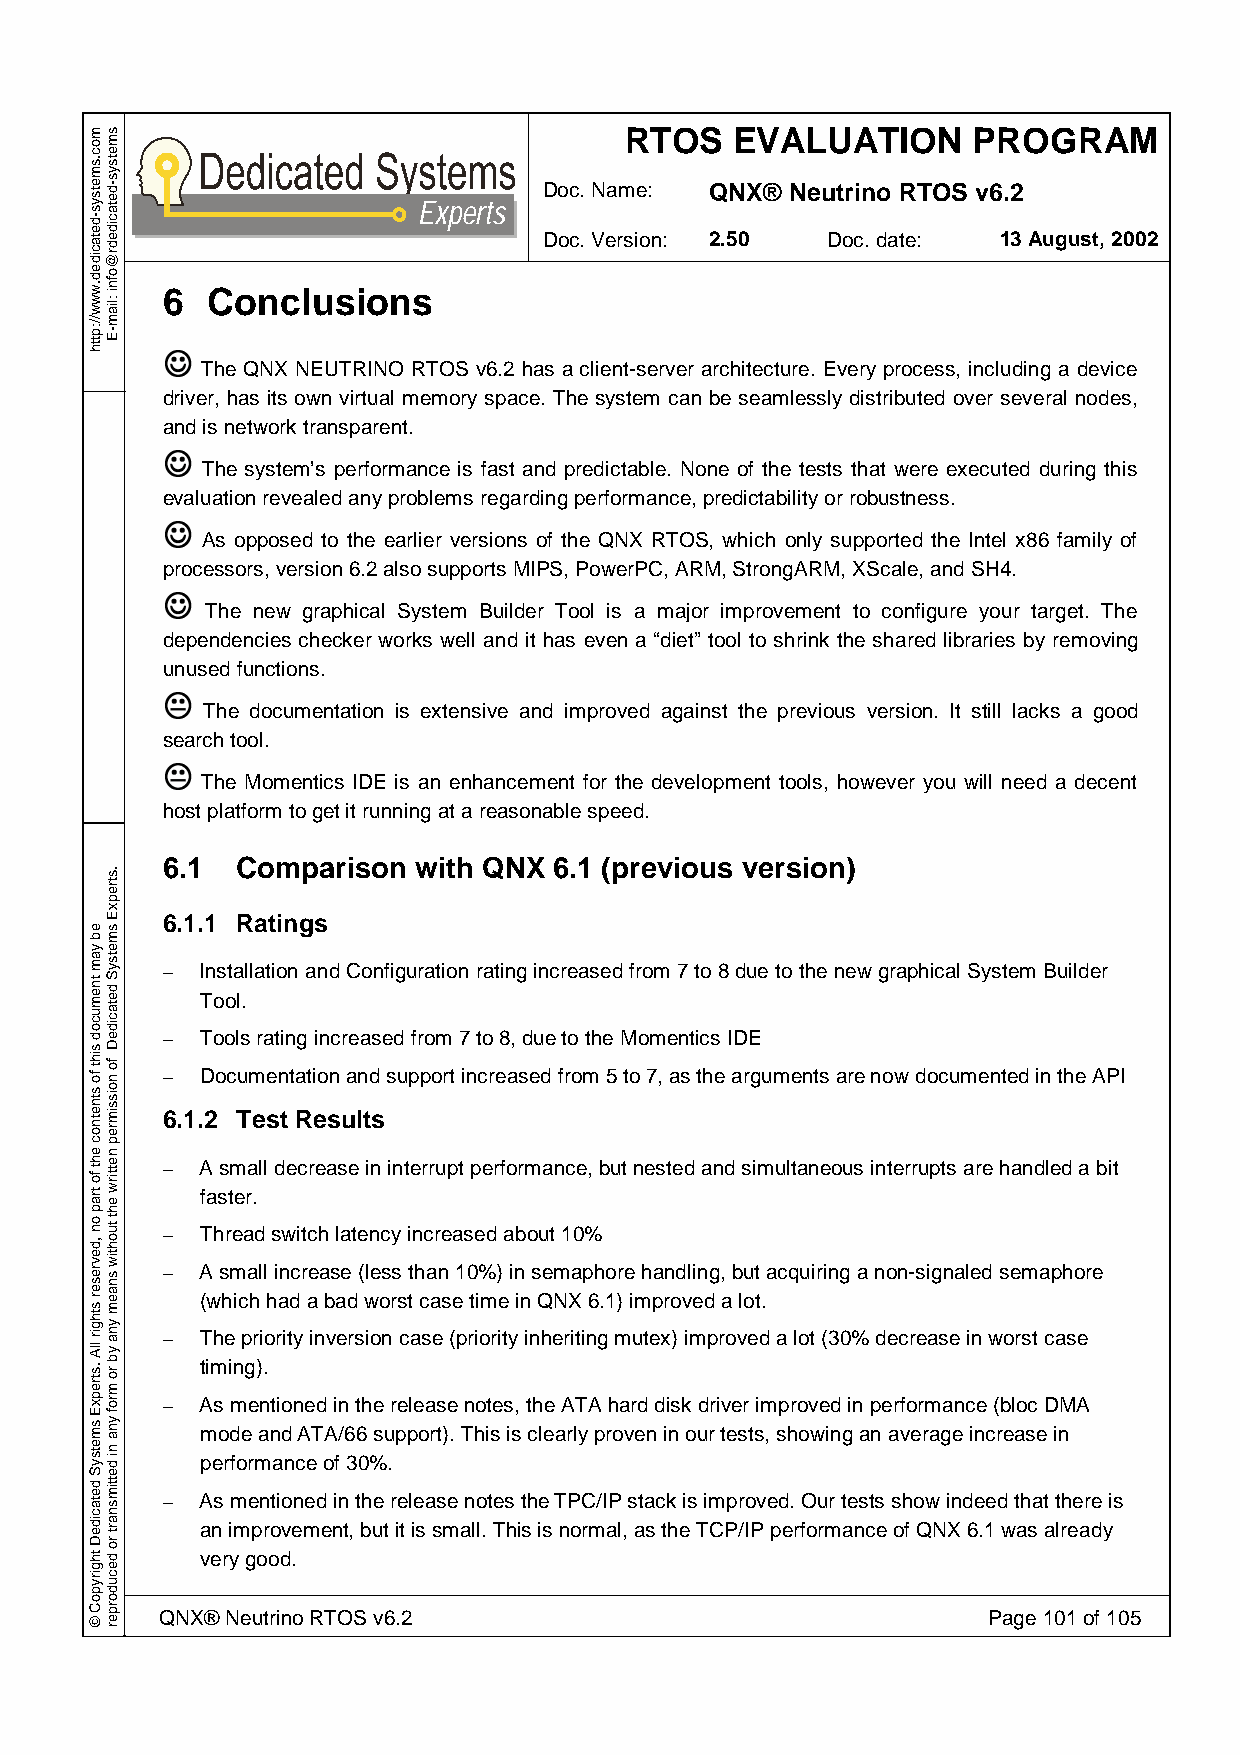
RTOS    EVALUATION     PROGRAM
 Doc. Name: QNX® Neutrino RTOS v6.2
 Experts
 Doc. Version: 2.50 Doc. date: 13 August, 2002
 6  Conclusions
 J
 The QNX NEUTRINO RTOS v6.2 has a client-server architecture. Every process, including a device
 driver, has its own virtual memory space. The system can be seamlessly distributed over several nodes,
 Jand is network transparent.
 The system’s performance is fast and predictable. None of the tests that were executed during this
 eJvaluation revealed any problems regarding performance, predictability or robustness.
 As opposed to the earlier versions of the QNX RTOS, which only supported the Intel x86 family of
 pJrocessors, version 6.2 also supports MIPS, PowerPC, ARM, StrongARM, XScale, and SH4.
 The new graphical System Builder Tool is a major improvement to configure your target. The
 dependencies checker works well and it has even a “diet” tool to shrink the shared libraries by removing
 Kunused functions.
 The documentation is extensive and improved against the previous version. It still lacks a good
 sKearch tool.
 The Momentics IDE is an enhancement for the development tools, however you will need a decent
 host platform to get it running at a reasonable speed.
 6.1  Comparison with QNX  6.1 (previous version)
 6.1.1 Ratings
 – Installation and Configuration rating increased from 7 to 8 due to the new graphical System Builder
 Tool.
 – Tools rating increased from 7 to 8, due to the Momentics IDE
 – Documentation and support increased from 5 to 7, as the arguments are now documented in the API
 6.1.2 Test Results
 – A small decrease in interrupt performance, but nested and simultaneous interrupts are handled a bit
 faster.
 – Thread switch latency increased about 10%
 – A small increase (less than 10%) in semaphore handling, but acquiring a non-signaled semaphore
 (which had a bad worst case time in QNX 6.1) improved a lot.
 – The priority inversion case (priority inheriting mutex) improved a lot (30% decrease in worst case
 timing).
 – As mentioned in the release notes, the ATA hard disk driver improved in performance (bloc DMA
 mode and ATA/66 support). This is clearly proven in our tests, showing an average increase in
 performance of 30%.
 – As mentioned in the release notes the TPC/IP stack is improved. Our tests show indeed that there is
 an improvement, but it is small. This is normal, as the TCP/IP performance of QNX 6.1 was already
 very good.
 QNX® Neutrino RTOS v6.2                               Page 101 of 105
 moc.smetsys-detacided.www//:ptth
 eb
 yam
 tnemucod
 siht
 fo
 stnetnoc
 eht
 fo
 trap
 on
 ,devreser
 sthgir
 llA
 .strepxE
 smetsyS
 detacideD
 thgirypoC
 ©
 smetsys-detacidedr@ofni
 :liam-E
 .strepxE
 smetsyS
 detacideD
 fo
 noissimrep
 nettirw
 eht
 tuohtiw
 snaem
 yna
 yb
 ro
 mrof
 yna
 ni
 dettimsnart
 ro
 decudorper